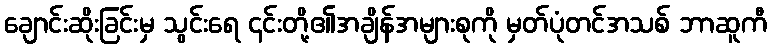
ချောင်းဆိုးခြင်းမှ သွင်းရေ ၎င်းတို့၏အချိန်အများစုကို မှတ်ပုံတင်အသစ် ဘာဆူကီ